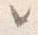
々